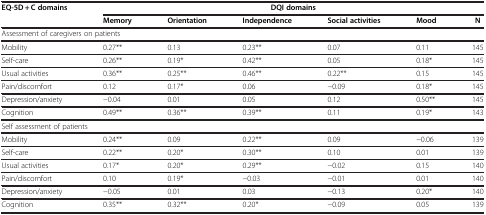
| <ROWSPAN=2> EQ-5D + C domains | <COLSPAN=6> DQI domains |
 | Memory | Orientation | Independence | Social activities | Mood | N |
 | --- | --- | --- | --- | --- | --- | --- |
 | <COLSPAN=7> Assessment of caregivers on patients |
 | Mobility | 0.27** | 0.13 | 0.23** | 0.07 | 0.11 | 145 |
 | Self-care | 0.26** | 0.19* | 0.42** | 0.05 | 0.18* | 145 |
 | Usual activities | 0.36** | 0.25** | 0.46** | 0.22** | 0.15 | 145 |
 | Pain/discomfort | 0.12 | 0.17* | 0.06 | −0.09 | 0.18* | 145 |
 | Depression/anxiety | −0.04 | 0.01 | 0.05 | 0.12 | 0.50** | 145 |
 | Cognition | 0.49** | 0.36** | 0.39** | 0.11 | 0.19* | 143 |
 | <COLSPAN=7> Self assessment of patients |
 | Mobility | 0.24** | 0.09 | 0.22** | 0.09 | −0.06 | 139 |
 | Self-care | 0.22** | 0.20* | 0.30** | 0.10 | 0.01 | 139 |
 | Usual activities | 0.17* | 0.20* | 0.29** | −0.02 | 0.15 | 140 |
 | Pain/discomfort | 0.10 | 0.19* | −0.03 | −0.01 | 0.01 | 140 |
 | Depression/anxiety | −0.05 | 0.01 | 0.03 | −0.13 | 0.20* | 140 |
 | Cognition | 0.35** | 0.32** | 0.20* | −0.09 | 0.05 | 139 |